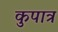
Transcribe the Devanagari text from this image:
कुपात्र